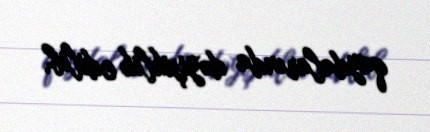
qaydalarında dəyişiklik edilib.